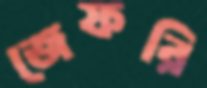
জেফরি